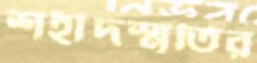
শহীদস্মৃতির